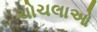
ચોચલાઓ